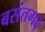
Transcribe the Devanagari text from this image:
बसंतगढ़